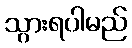
သွားရပါမည်